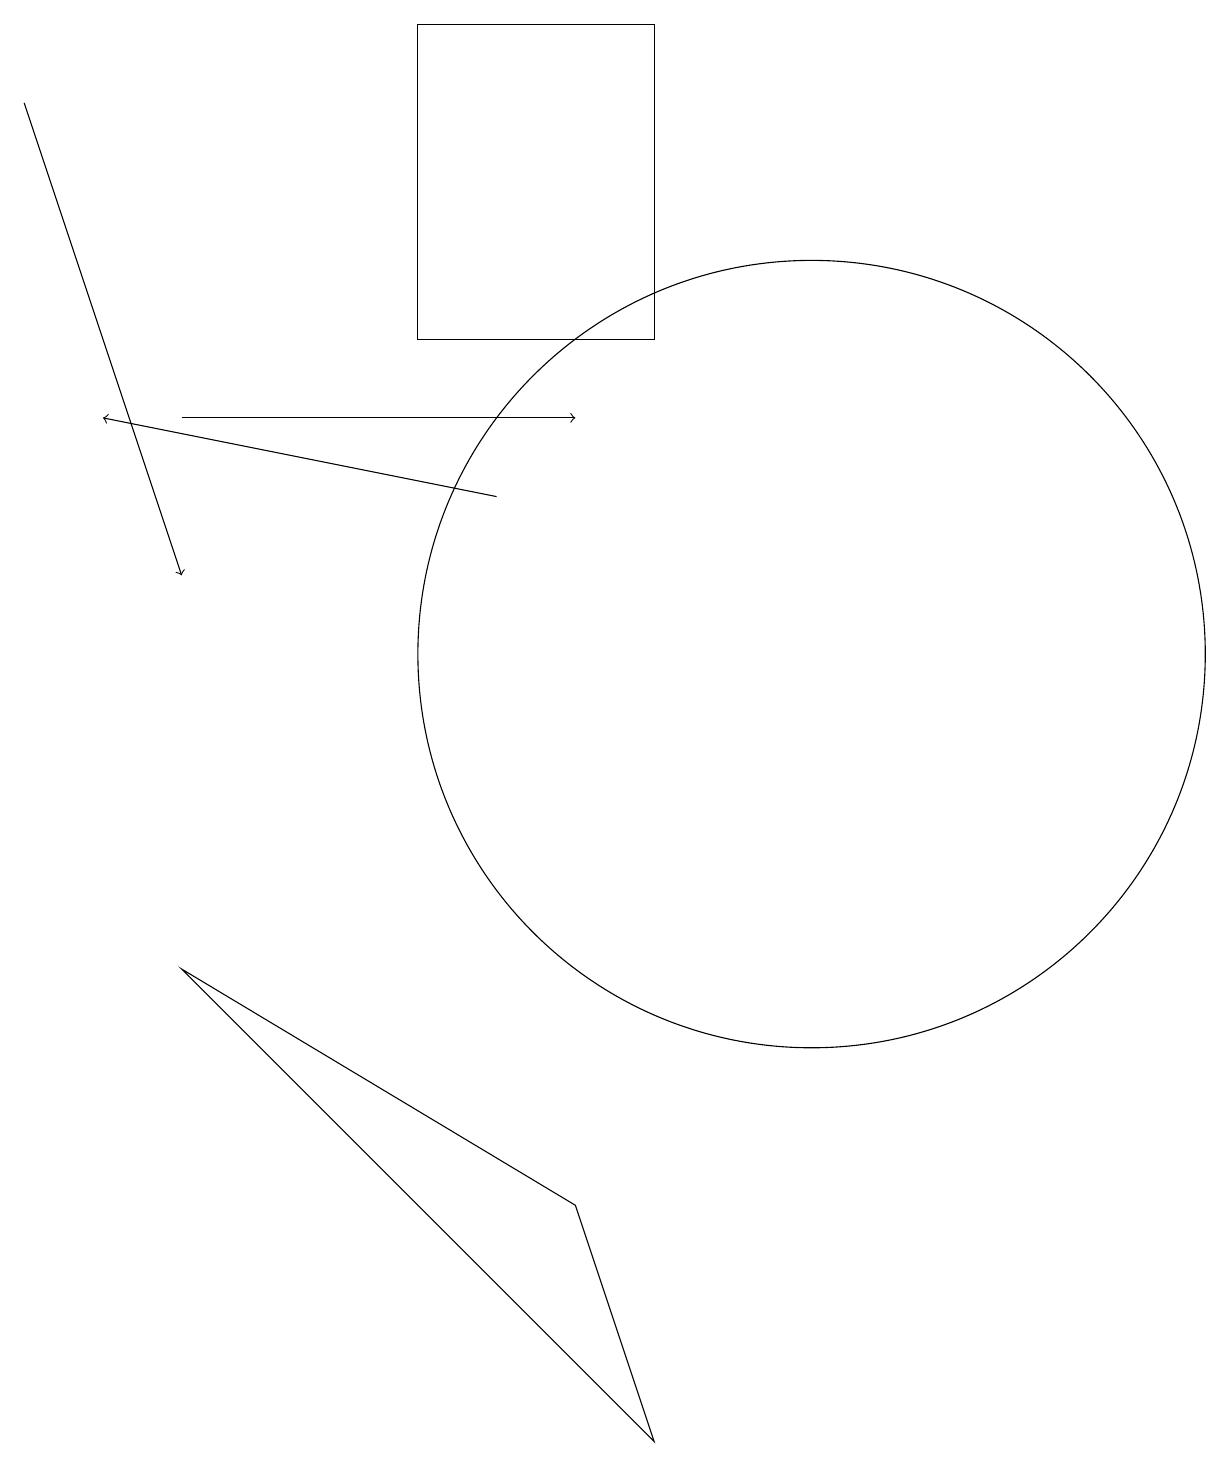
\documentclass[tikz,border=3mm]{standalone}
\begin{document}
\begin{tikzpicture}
\draw (10,10) circle (0);
\draw (5,19) rectangle (8,15);
\draw[->] (6,13) -- (1,14);
\draw[->] (2,14) -- (7,14);
\draw[->] (0,18) -- (2,12);
\draw (10,11) circle (5);
\draw (2,7) -- (7,4) -- (8,1) -- cycle;
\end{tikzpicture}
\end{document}